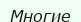
Многие